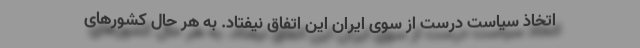
اتخاذ سیاست درست از سوی ایران این اتفاق نیفتاد. به هر حال کشورهای